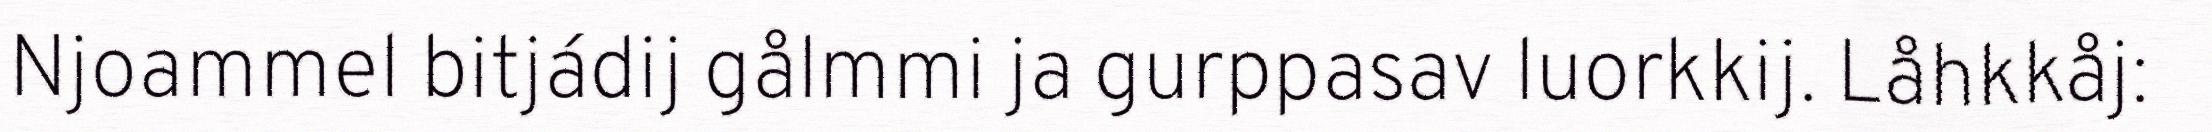
Njoammel bitjádij gålmmi ja gurppasav luorkkij. Låhkkåj: